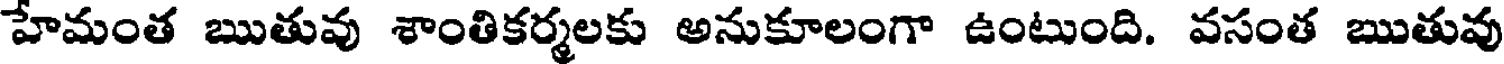
హేమంత ఋతువు శాంతికర్మలకు అనుకూలంగా ఉంటుంది. వసంత ఋతువు